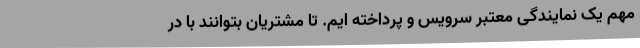
مهم یک نمایندگی معتبر سرویس و پرداخته ایم. تا مشتریان بتوانند با در